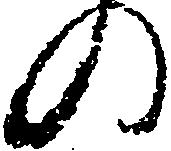
の